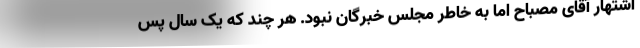
اشتهار آقای مصباح اما به خاطر مجلس خبرگان نبود. هر چند که یک سال پس